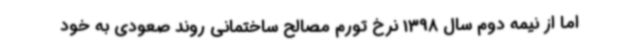
اما از نیمه دوم سال 1398 نرخ تورم مصالح ساختمانی روند صعودی به خود